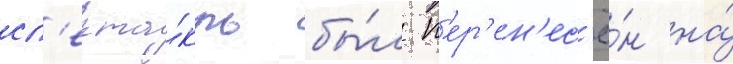
сп'екта́кль бы́л п'ер'ен'ес'ё́н на́